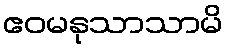
ဧဝမနုသာသာမိ